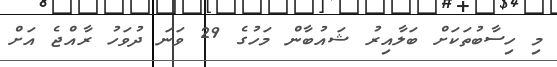
މި ހިސާބުތަކަށް ބަލާއިރު ޝައުބާން މަހުގެ 29 ވަނަ ދުވަހު ރާއްޖެ އަށް